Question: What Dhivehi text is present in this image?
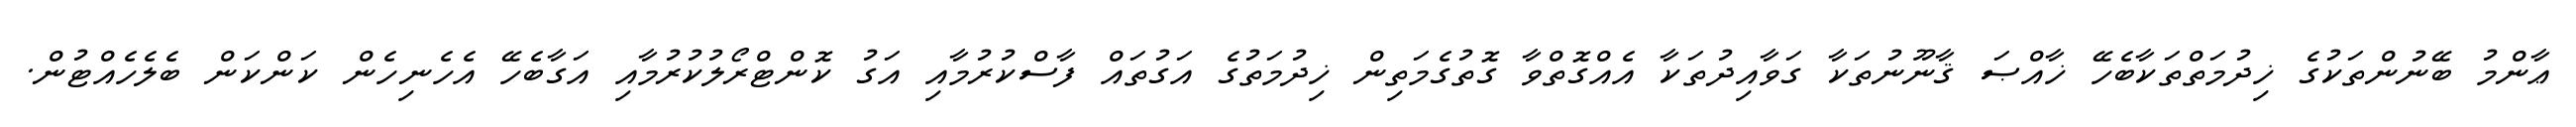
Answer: ޢާންމު ބޭނުންތަކުގެ ޚިދުމަތްތަކާބެހޭ ޚާއްޞަ ޤާނޫނުތަކާ ގަވާއިދުތަކާ އެއްގޮތްވާ ގޮތުގެމަތިން ޚިދުމަތުގެ އަގުތައް ފާސްކުރުމާއި އަގު ކޮންޓްރޯލުކުރުމާއި އަގާބެހޭ އެހެނިހެން ކަންކަން ބެލެހެއްޓުން.